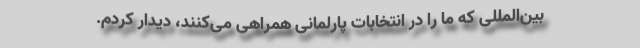
بین‌المللی که ما را در انتخابات پارلمانی همراهی می‌کنند، دیدار کردم.